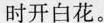
时开白花。